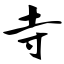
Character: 寺